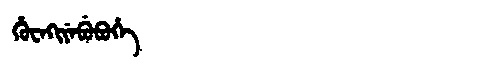
Manchu: ᡥᡠᠸᡝᡴᡳᠶᡝᠪᡠᠪᡠᡥᡝ
Romanization: HUWEKIYEBUBUHE